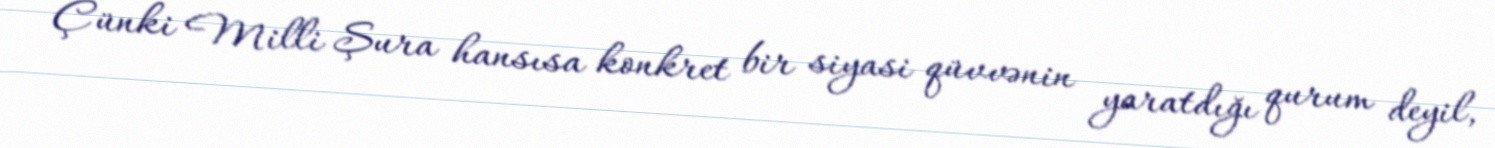
Çünki Milli Şura hansısa konkret bir siyasi qüvvənin yaratdığı qurum deyil,